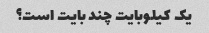
یک کیلوبایت چند بایت است؟